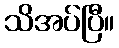
သိအပ်ပြီ။